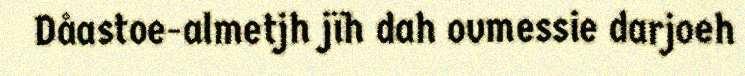
Dåastoe-almetjh jïh dah ovmessie darjoeh